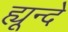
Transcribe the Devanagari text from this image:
ह्यून्दे